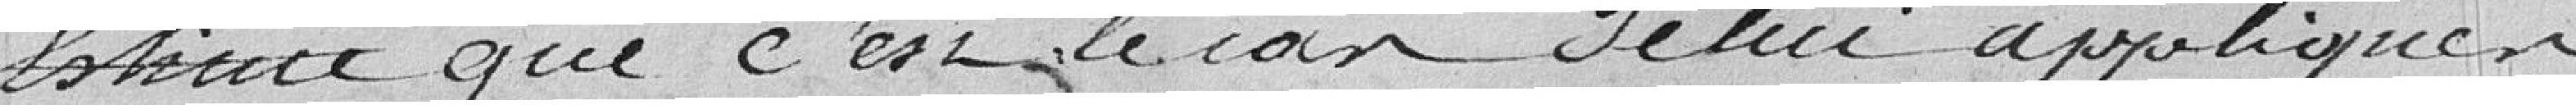
estime que c'est le cas de lui appliquer